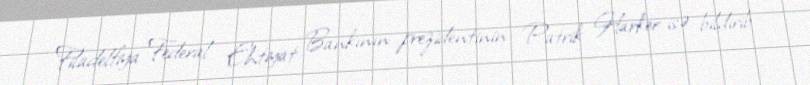
Filadelfiya Federal Ehtiyat Bankının prezidentinin Patrik Harker isə bildirib